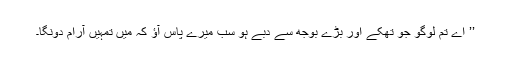
’’ اے تم لوگو جو تھکے اور بڑے بوجھ سے دبے ہو سب میرے پاس آؤ کہ میں تمہیں آرام دونگا۔